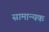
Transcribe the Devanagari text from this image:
सामान्यक